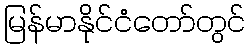
မြန်မာနိုင်ငံတော်တွင်